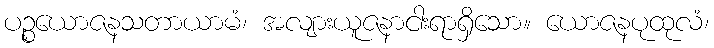
ပဉ္စယောဇနသတာယာမံ၊ အလျားယူဇနာငါးရာရှိသော။ ယောဇနပုထုလံ၊